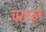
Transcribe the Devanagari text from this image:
चरणरज